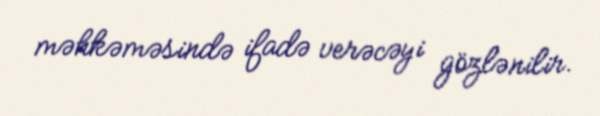
məhkəməsində ifadə verəcəyi gözlənilir.